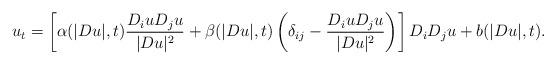
LaTeX: \begin{align*}u_t = \left[\alpha(|Du|,t) \frac{D_iu D_ju}{|Du|^2}+\beta(|Du|,t)\left(\delta_{ij}-\frac{D_iu D_ju}{|Du|^2}\right)\right]D_iD_ju +b(|Du|, t).\end{align*}